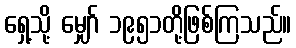
ရှေ့သို့ မျှော် ၁၉၅၁တို့ဖြစ်ကြသည်။